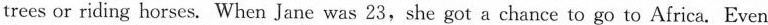
trees or riding horses. When Jane was 23,she got a chance to go to Africa. Even